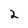
Character: 2